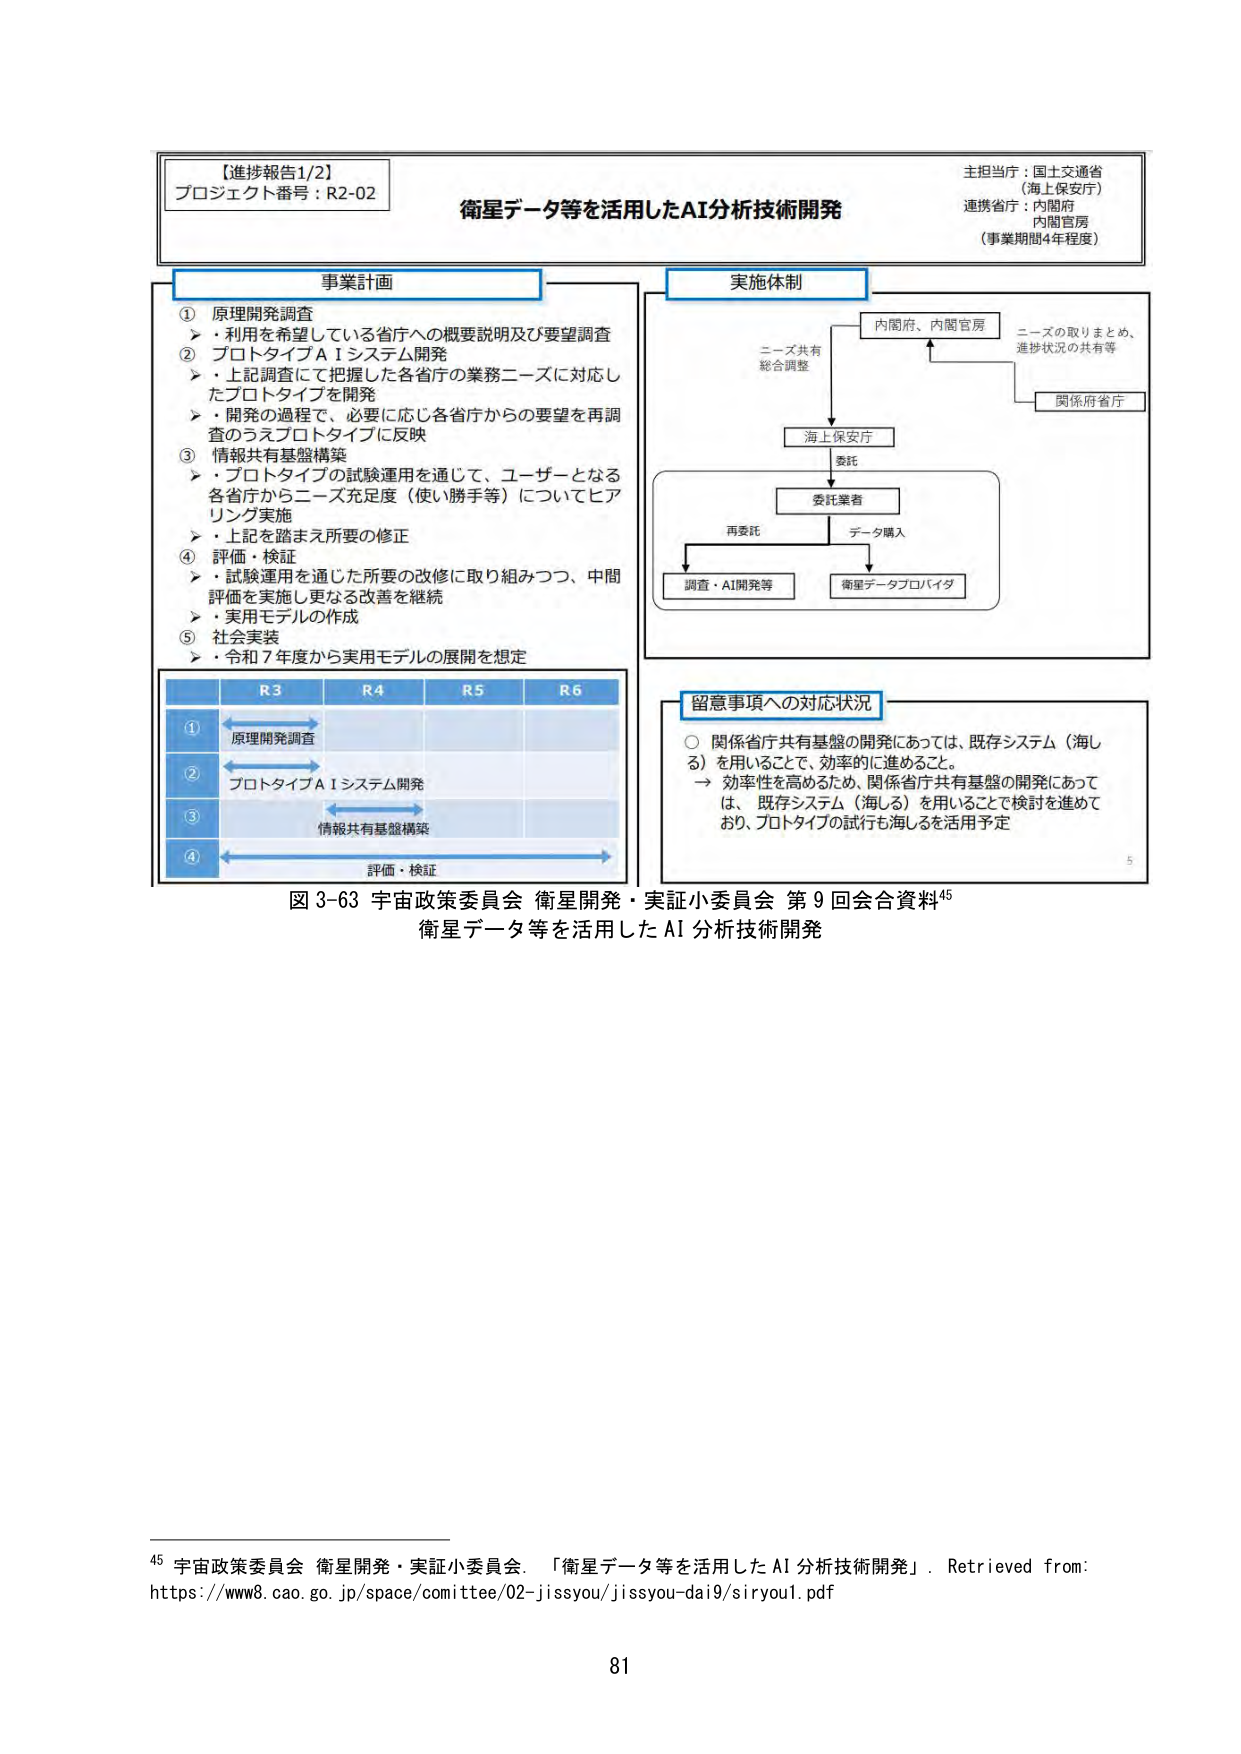
【進捗報告1/2】
プロジェクト番号：R2-02

衛星データ等を活用したAI分析技術開発

主担当省：国土交通省
（海上保安庁）
連携省庁：内閣府
内閣官房
（事業期間4年程度）

事業計画
① 原理開発調査
　→ 利用を希望している省庁への概要説明及び要望調査
② プロトタイプAIシステム開発
　→ 上記調査にて把握した各省庁の業務ニーズに対応したプロトタイプを開発
　→ 開発の過程で、必要に応じ各省庁からの要望を再調査のうえプロトタイプに反映
③ 情報共有基盤構築
　→ プロトタイプの試験運用を通じて、ユーザーとなる各省庁からニーズ充足度（使い勝手等）についてヒアリング実施
　→ 上記を踏まえ所要の修正
④ 評価・検証
　→ 試験運用を通じた所要の改修に取り組みつつ、中間評価を実施し更なる改善を継続
　→ 実用モデルの作成
⑤ 社会実装
　→ 令和7年度から実用モデルの展開を想定

R3　R4　R5　R6
① 原理開発調査
② プロトタイプAIシステム開発
③ 情報共有基盤構築
④ 評価・検証

実施体制
内閣府、内閣官房
ニーズ共有
総合調整
→ 海上保安庁
　　委託
　　→ 委託業者
　　　　再委託　　　データ購入
　　　　→ 調査・AI開発等　　　→ 衛星データプロバイダ
ニーズの取りまとめ、
進捗状況の共有等
→ 関係府省庁

留意事項への対応状況
○ 関係省庁共有基盤の開発にあっては、既存システム（海しる）を用いることで、効率的に進めること。
　→ 効率性を高めるため、関係省庁共有基盤の開発にあっては、既存システム（海しる）を用いることで検討を進めており、プロトタイプの試行も海しるを活用予定

図 3-63 宇宙政策委員会 衛星開発・実証小委員会 第9回会合資料⁴⁵
衛星データ等を活用したAI分析技術開発

⁴⁵ 宇宙政策委員会 衛星開発・実証小委員会、「衛星データ等を活用したAI分析技術開発」。Retrieved from:
https://www8.cao.go.jp/space/comittee/02-jissyou/jissyou-dai9/siryou1.pdf

81